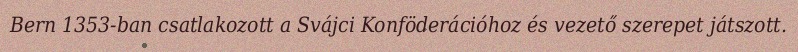
Bern 1353-ban csatlakozott a Svájci Konföderációhoz és vezető szerepet játszott.